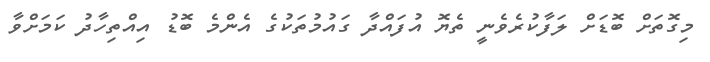
މިގޮތަށް ބޮޑަށް ލަފާކުރެވެނީ ތެޔޮ އުފައްދާ ގައުމުތަކުގެ އެންމެ ބޮޑު އިއްތިހާދު ކަމަށްވާ